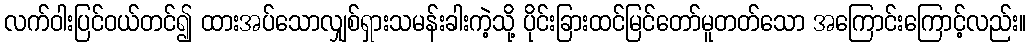
လက်ဝါးပြင်ဝယ်တင်၍ ထားအပ်သောလျှစ်ရှားသမန်းခါးကဲ့သို့ ပိုင်းခြားထင်မြင်တော်မူတတ်သော အကြောင်းကြောင့်လည်း။